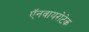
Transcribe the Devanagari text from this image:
ऍनवायरोटेक